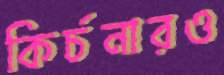
কির্চনারও